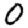
Digit: 0